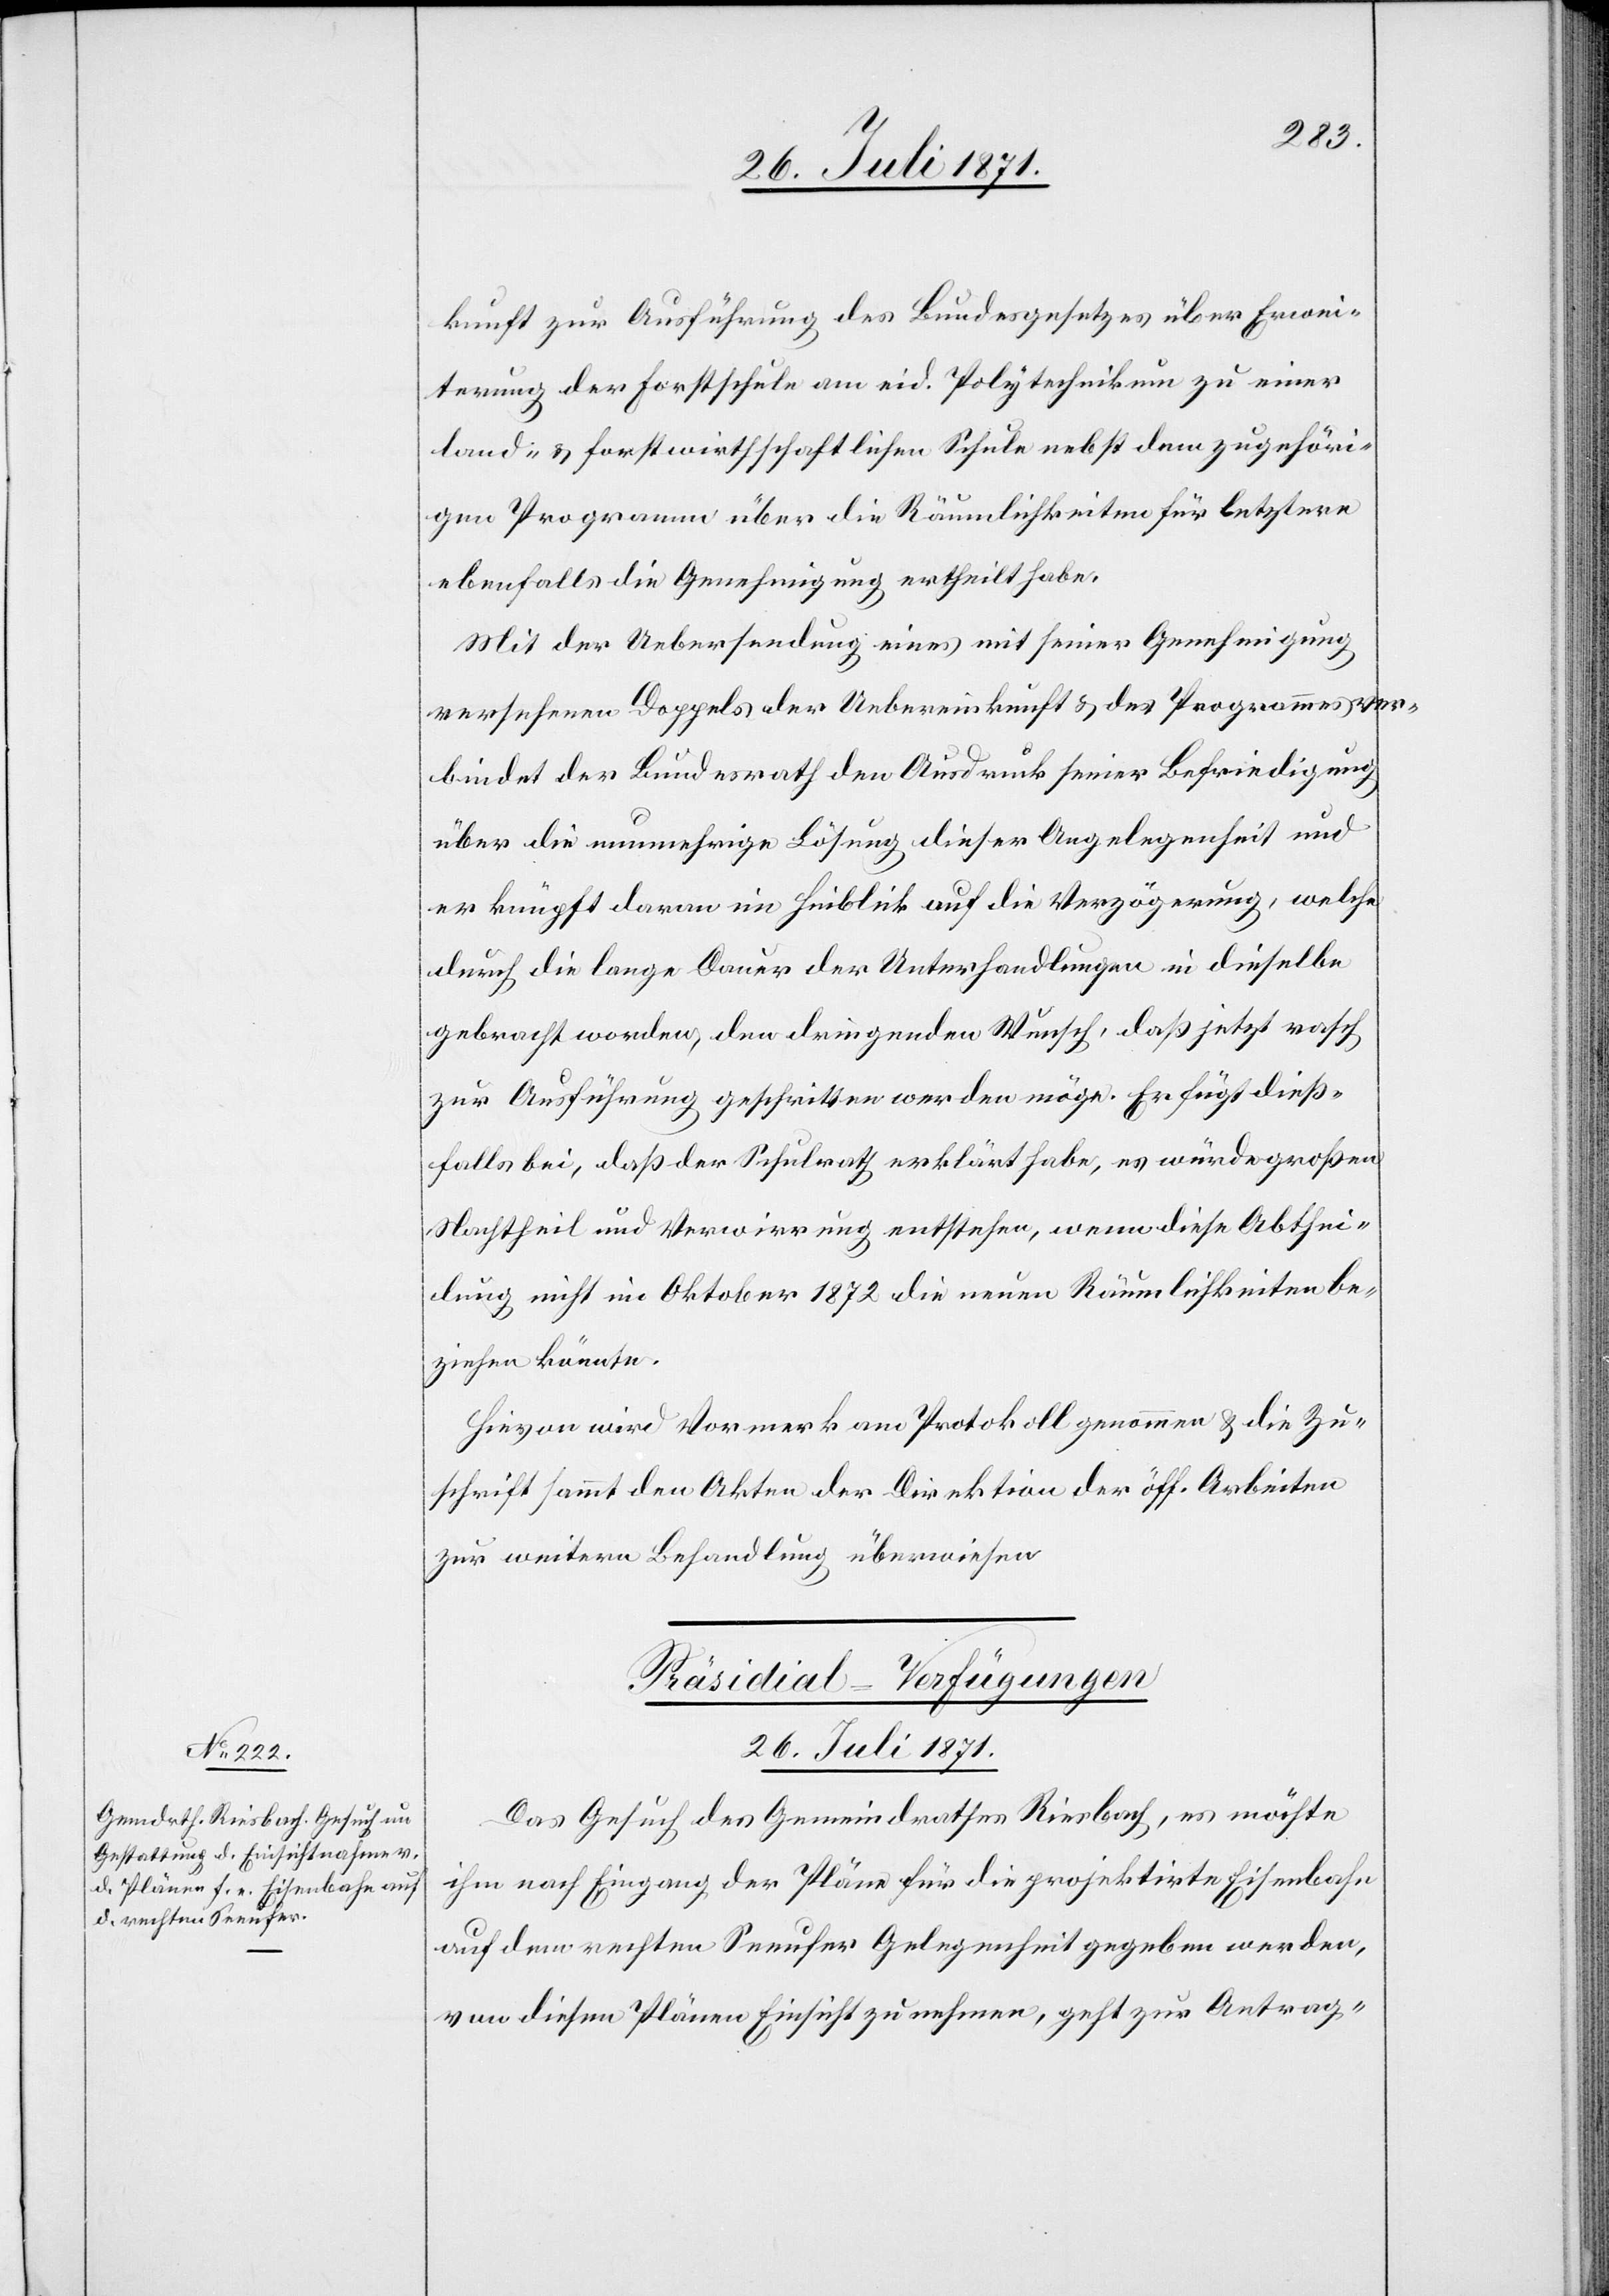
kunft zur Ausführung des Bundesgesetzes über Erwei¬
terung der Forstschule am eid. Polytechnikum zu einer
land- u. forstwirthschaftlichen Schule nebst dem zugehöri¬
gen Programm über die Räumlichkeiten für letztere
ebenfalls die Genehmigung ertheilt habe.
Mit der Uebersendung eines mit seiner Genehmigung
versehenen Doppels der Uebereinkunft u. des Programmes ver¬
bindet der Bundesrath den Ausdruck seiner Befriedigung
über die nunmehrige Lösung dieser Angelegenheit und
er knüpft daran im Hinblick auf die Verzögerung, welche
durch die lange Dauer der Unterhandlungen in dieselbe
gebracht worden, den dringenden Wunsch, daß jetzt rasch
zur Ausführung geschritten werden möge. Er fügt dieß¬
falls bei, daß der Schulrath erklärt habe, es würde großen
Nachtheil und Verwirrung entstehen, wenn diese Abthei¬
lung nicht im Oktober 1872 die neuen Räumlichkeiten be¬
ziehen könnte.
Hievon wird Vormerk am Protokoll genommen u. die Zu¬
schrift sammt den Akten der Direktion der öff. Arbeiten
zur weitern Behandlung überwiesen.
Präsidial-Verfügungen
26. Juli 1871.
Das Gesuch des Gemeindrathes Riesbach, es möchte
ihm nach Eingang der Pläne für die projektirte Eisenbahn
auf dem rechten Seeufer Gelegenheit gegeben werden,
von diesen Plänen Einsicht zu nehmen, geht zur Antrag-